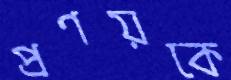
প্রণয়কে